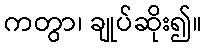
ကတွာ၊ ချုပ်ဆိုး၍။